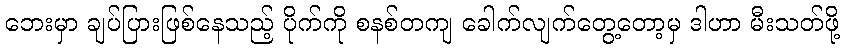
ဘေးမှာ ချပ်ပြားဖြစ်နေသည့် ပိုက်ကို စနစ်တကျ ခေါက်လျက်တွေ့တော့မှ ဒါဟာ မီးသတ်ဖို့